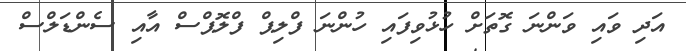
އަދި ވައި ވަންނަ ގޮތަށް ހުޅުވިފައި ހުންނަ ފްލިޕް ފްލޮޕްސް އާއި ސެންޑަލްސް